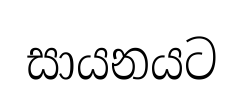
සායනයට